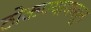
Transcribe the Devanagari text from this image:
ठोकण्यापासून